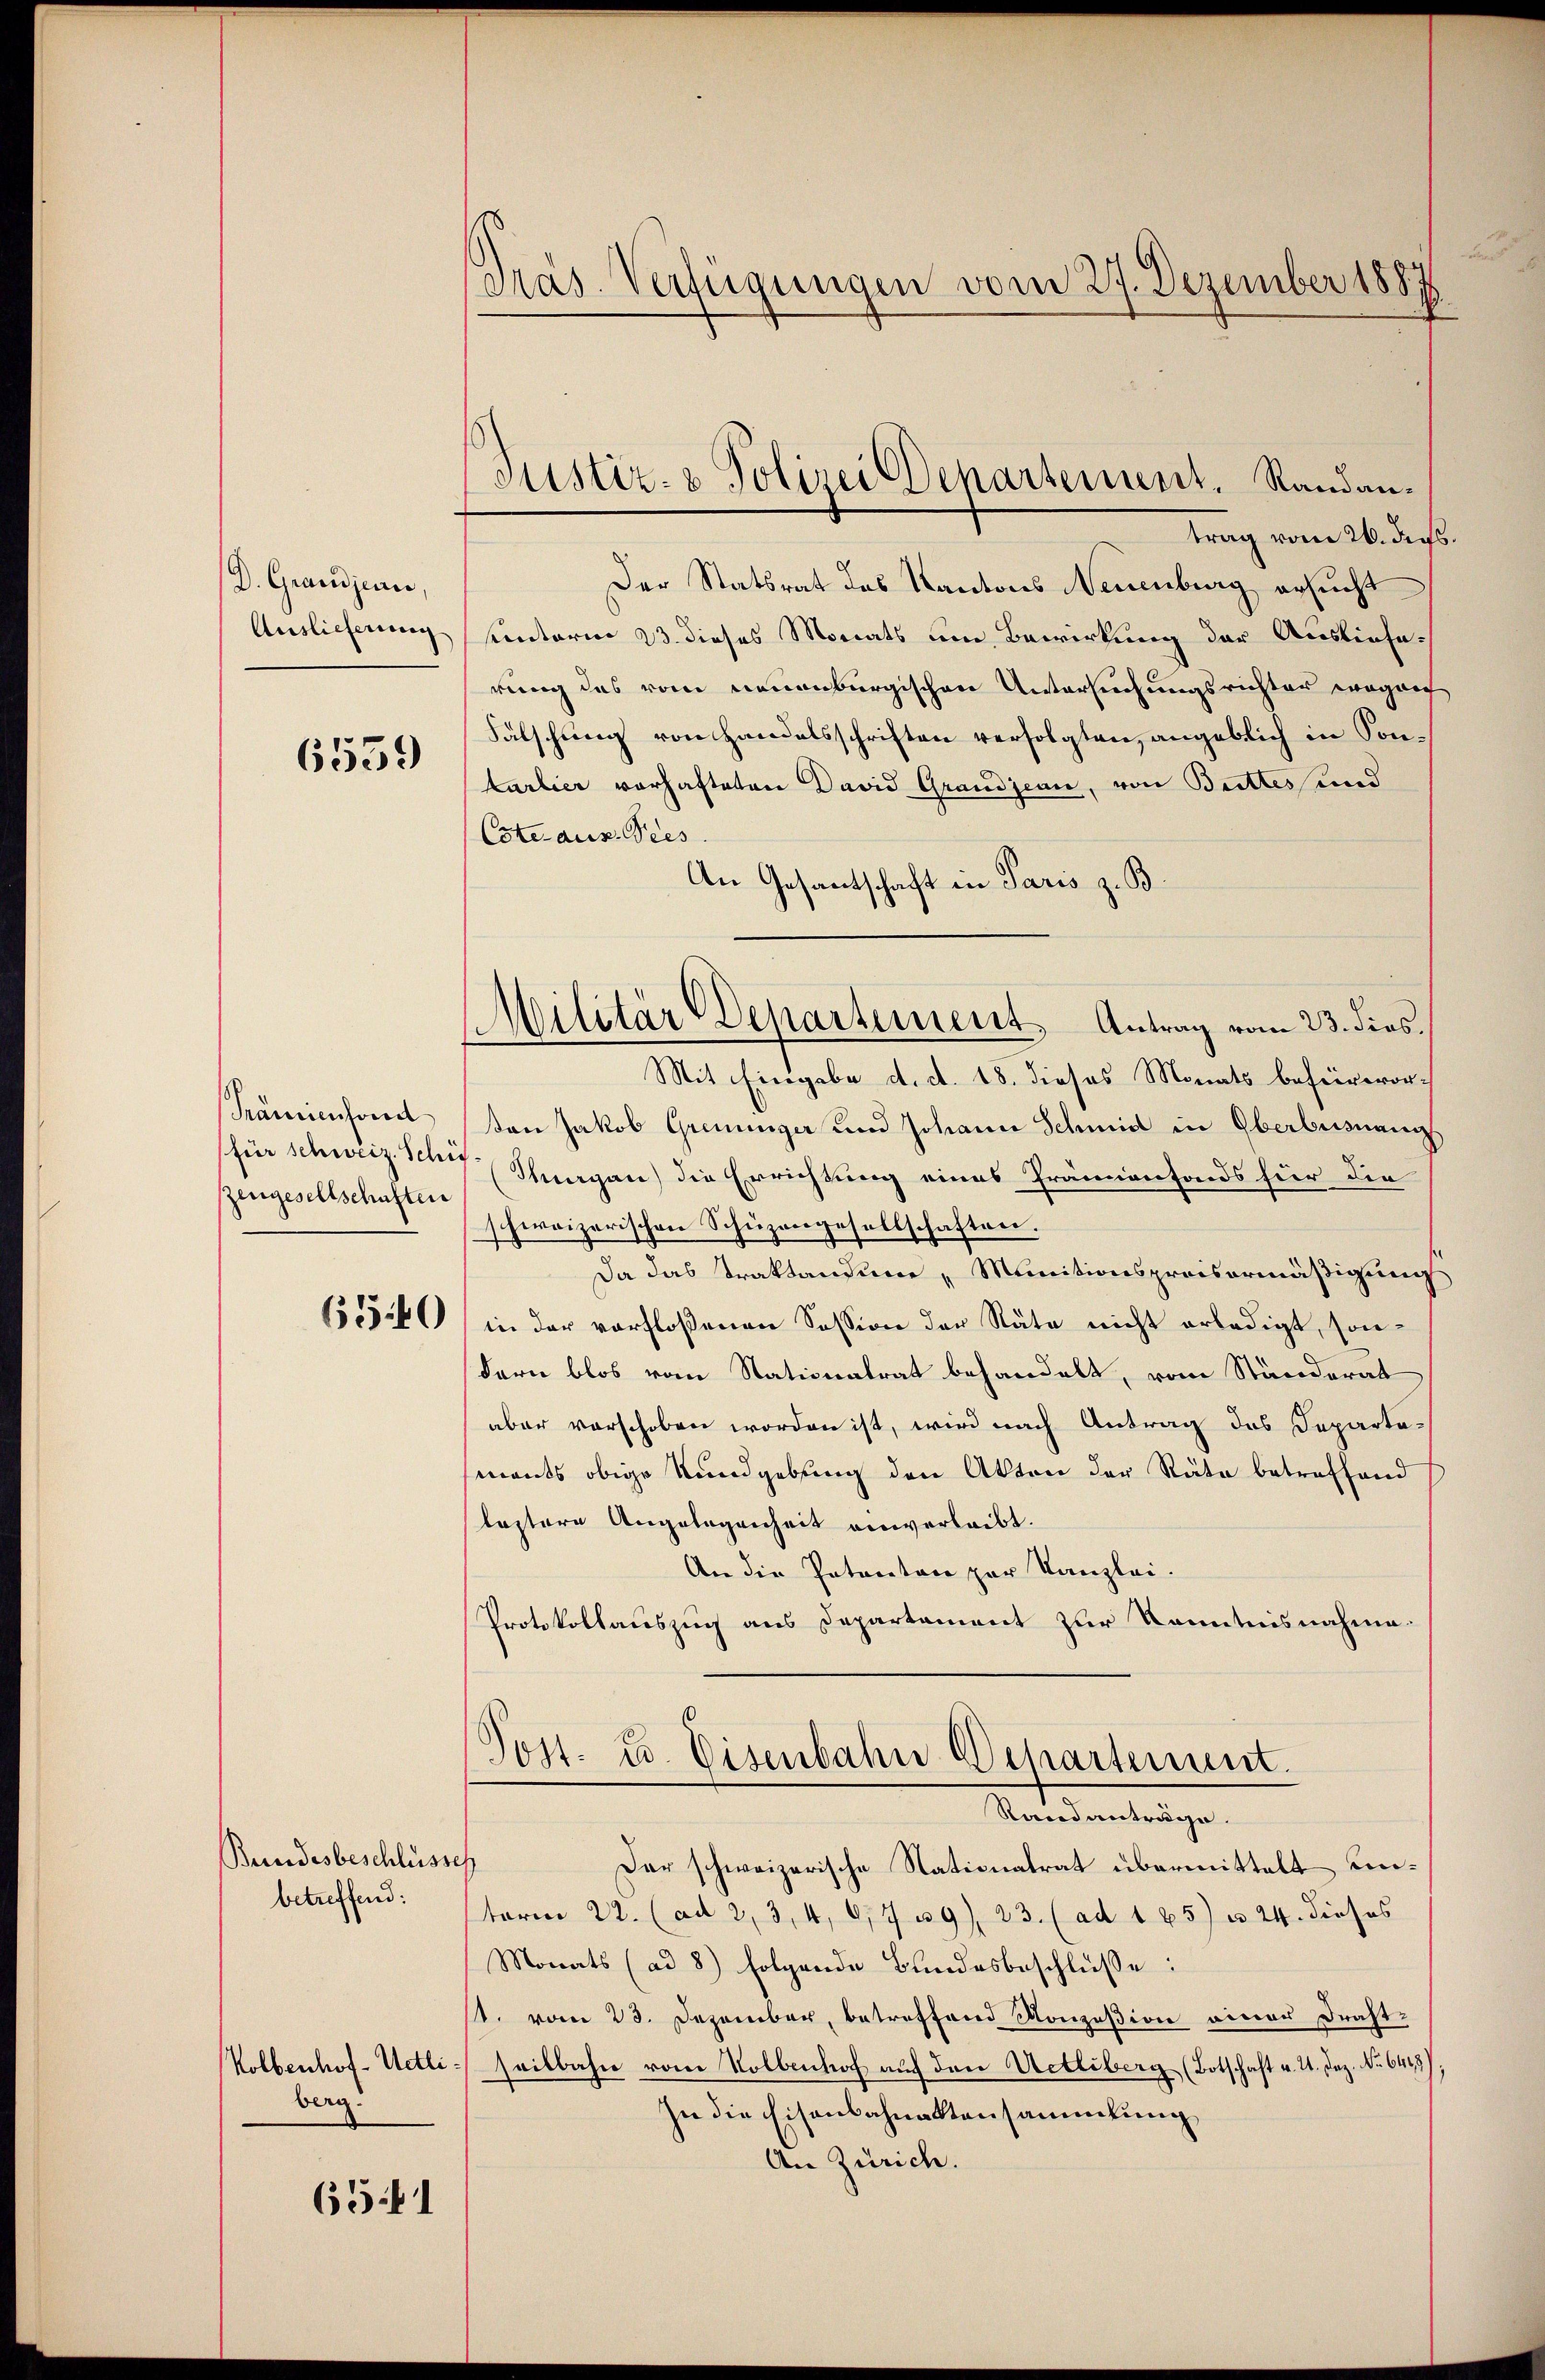
D. Grandjean,
Auslieferung

6559

Prämienfond
für schweiz. Schie
zeugesellschaften

650

Bewandesbeschlüsse
betreffend:

Kolbenhof - Uetli
berg.

6541

Pras. Verfügungen vom 27. Dezember 1887

Justiz- & Polizei Departement. Randantrag vom 26. der

Militär-Departement. Antrag vom 23. dies

Rand anträge.

Der Statsrat des Kantons Neuenburg ersucht
uinterm 23. dieses Monats um Bewirkung der Auslieferung des vom neuenburgischen Untersuchungsrichter wegen
Fälschung von Handelsschriften verfolgten, angeblich in Sontarlier vorhafteten David Grandjean, von Bettes und
Cste aus. Dies
An Gesantschaft in Paris z. B.
Mit Eingabe d. d. 18. dieses Monats befürworten Jakob Grenunger und Johann Schmid in Oberbennung
(Thurgau) die Errichtung eines Prämienfonds für die
schweizerischen Schüzvorgesellschaften.
Da das Traktandum „Munitionspreisermäßigung
in der verfloßenen Session der Räte nicht erledigt, sondern blos vom Stationalrat behandelt, vom Ständerat
aber vorschoben worden ist, wird nach Antrag des Departemants obige Rundgebung den Akten der Räte betreffend
leztere Angelegenheit einverleibt.
An die Patenten zur Kanzlei-
Protokollauszug aus Departement zur Kenntnisnahme.
Post. E. Eisenbahn Departement.

c
Der schweizerische Nationatrat übermittelt unterm 22. (ad 2, 3, 4, 6/4 59). 23. (ad 1 25) u. 24. dieses
Monats (ad 8) folgende Bundesbeschlüsse:
st. vom 23. Dezember, betreffend Konzesion einer Draht-
seitbahn vom Vollenhof auf den Uetliberg (Botschaft v. 21. Dez. No. 6443),
In die Eisenbahnaktensammlung
An Zürich.